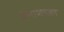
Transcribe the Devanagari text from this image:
विनाशचक्रा